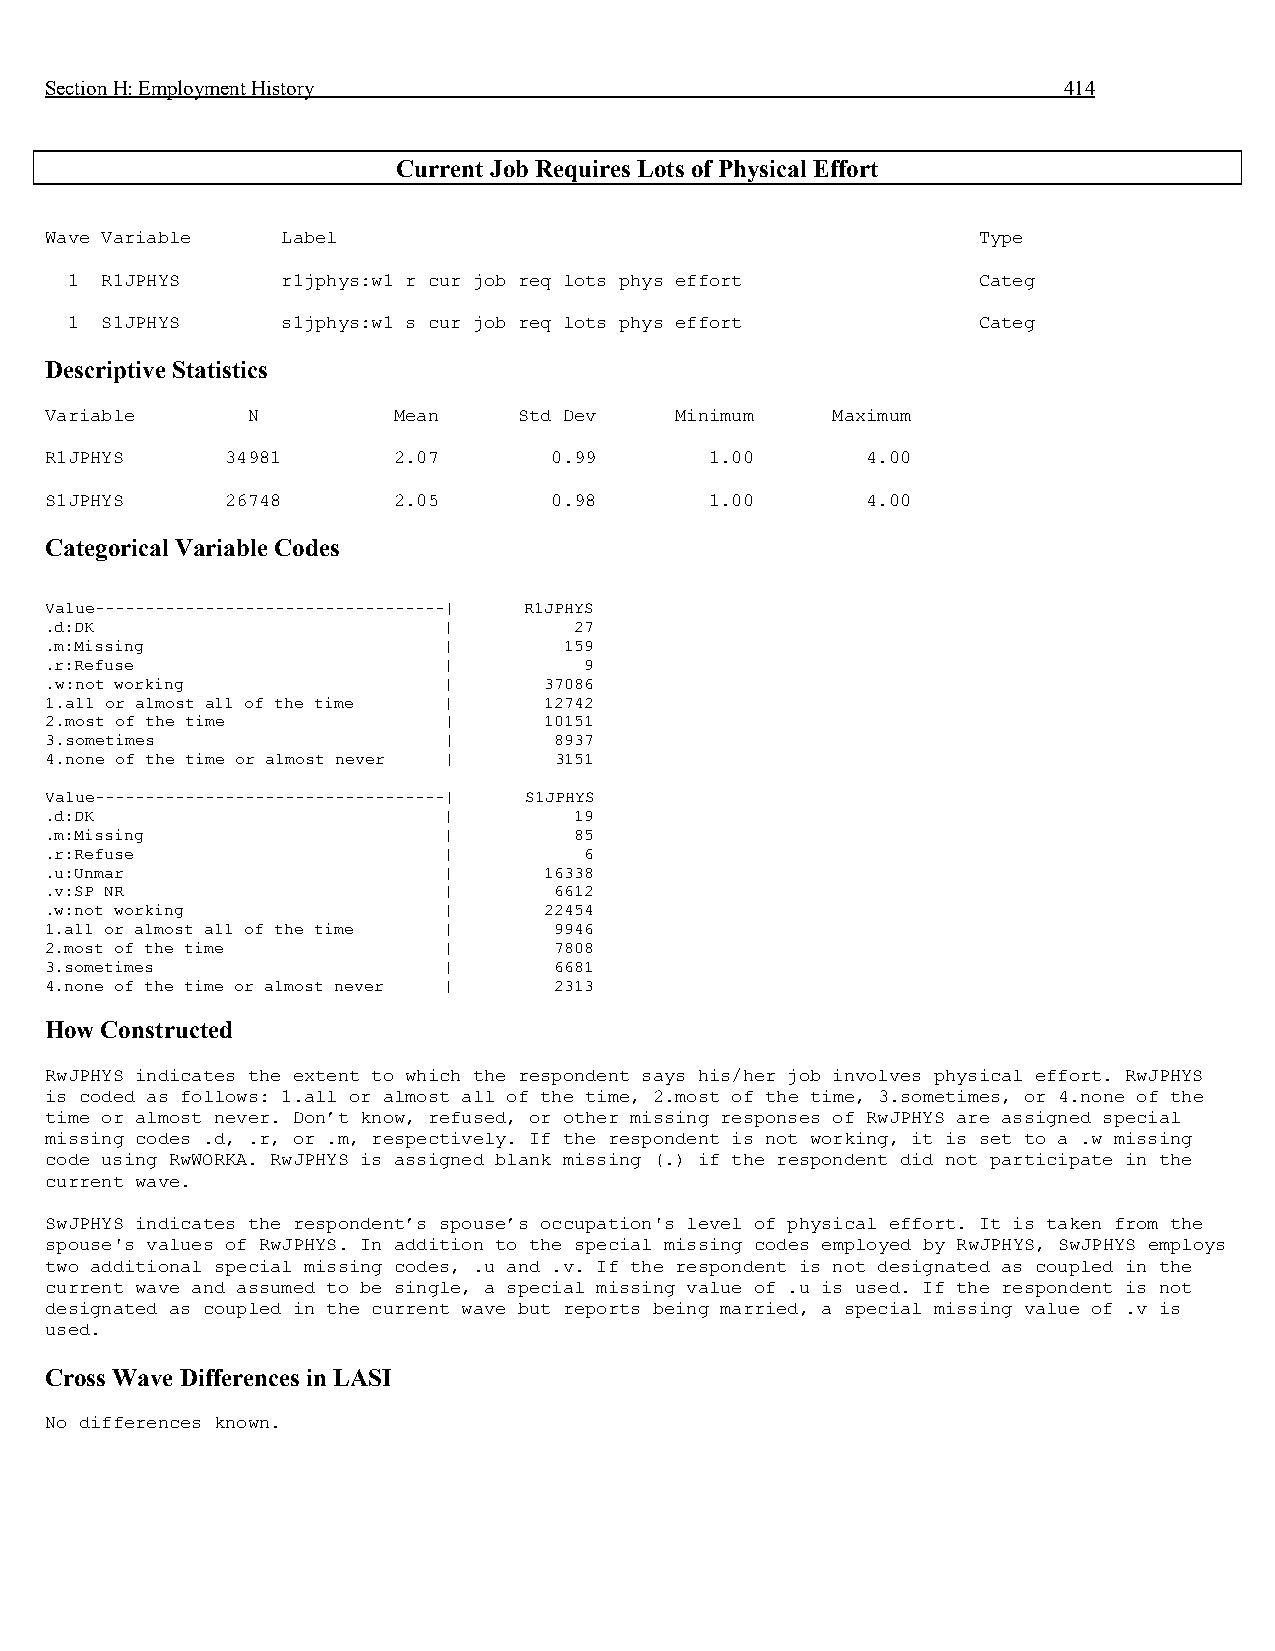
Section H: Employment History                                      414
 Current Job Requires Lots of Physical Effort
 Wave Variable   Label                                         Type
 1  R1JPHYS     r1jphys:w1 r cur job req lots phys effort     Categ
 1  S1JPHYS     s1jphys:w1 s cur job req lots phys effort     Categ
 Descriptive Statistics
 Variable     N         Mean    Std Dev    Minimum   Maximum
 R1JPHYS     34981      2.07      0.99       1.00      4.00
 S1JPHYS     26748      2.05      0.98       1.00      4.00
 Categorical Variable Codes
 Value-----------------------------------| R1JPHYS
 .d:DK                     |        27
 .m:Missing                |       159
 .r:Refuse                 |         9
 .w:not working            |      37086
 1.all or almost all of the time | 12742
 2.most of the time        |      10151
 3.sometimes               |       8937
 4.none of the time or almost never | 3151
 Value-----------------------------------| S1JPHYS
 .d:DK                     |        19
 .m:Missing                |        85
 .r:Refuse                 |         6
 .u:Unmar                  |      16338
 .v:SP NR                  |       6612
 .w:not working            |      22454
 1.all or almost all of the time | 9946
 2.most of the time        |       7808
 3.sometimes               |       6681
 4.none of the time or almost never | 2313
 How Constructed
 RwJPHYS indicates the extent to which the respondent says his/her job involves physical effort. RwJPHYS
 is coded as follows: 1.all or almost all of the time, 2.most of the time, 3.sometimes, or 4.none of the
 time or almost never. Don’t know, refused, or other missing responses of RwJPHYS are assigned special
 missing codes .d, .r, or .m, respectively. If the respondent is not working, it is set to a .w missing
 code using RwWORKA. RwJPHYS is assigned blank missing (.) if the respondent did not participate in the
 current wave.
 SwJPHYS indicates the respondent’s spouse’s occupation's level of physical effort. It is taken from the
 spouse's values of RwJPHYS. In addition to the special missing codes employed by RwJPHYS, SwJPHYS employs
 two additional special missing codes, .u and .v. If the respondent is not designated as coupled in the
 current wave and assumed to be single, a special missing value of .u is used. If the respondent is not
 designated as coupled in the current wave but reports being married, a special missing value of .v is
 used.
 Cross Wave Differences in LASI
 No differences known.